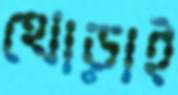
থোড়াই